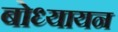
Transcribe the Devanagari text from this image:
बोध्यायन